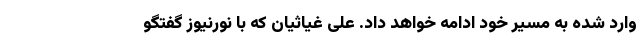
وارد شده به مسیر خود ادامه خواهد داد. علی غیاثیان که با نورنیوز گفتگو